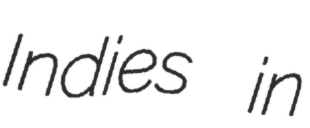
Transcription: Indies in